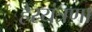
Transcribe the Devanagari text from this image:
हेरयंत्रणा